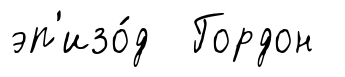
эп'изо́д Гордон